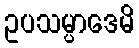
ဥပသမ္ပာဒေမိ